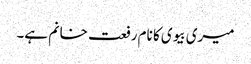
میری بیوی کا نام رفعت خانم ہے۔